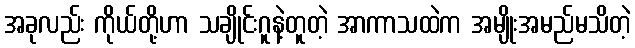
အခုလည်း ကိုယ်တို့ဟာ သချိုင်းဂူနဲ့တူတဲ့ အာကာသထဲက အမျိုးအမည်မသိတဲ့